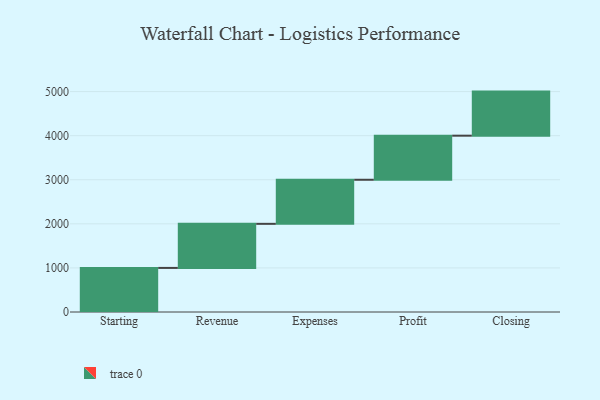
{"axis": {"x": "Step", "y": "Value"}, "legend": [""], "data": [{"x": "Starting", "y": 1000, "type": ""}, {"x": "Revenue", "y": 1000, "type": ""}, {"x": "Expenses", "y": 1000, "type": ""}, {"x": "Profit", "y": 1000, "type": ""}, {"x": "Closing", "y": 1000, "type": ""}]}